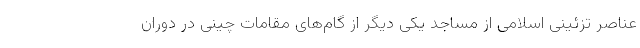
عناصر تزئینی اسلامی از مساجد یکی دیگر از گام‌های مقامات چینی در دوران